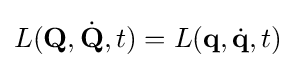
L(\mathbf {Q} ,{\dot {\mathbf {Q} }},t)=L(\mathbf {q} ,{\dot {\mathbf {q} }},t)